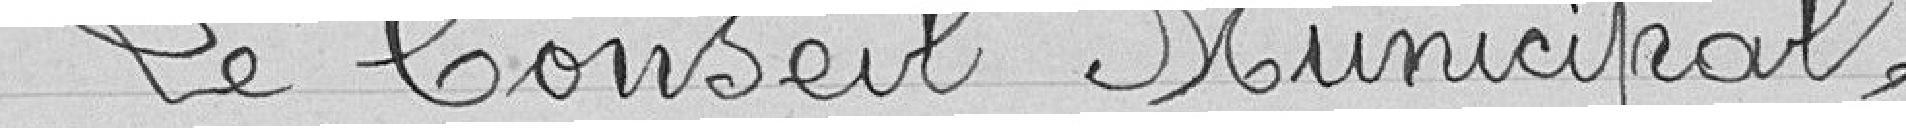
Le Conseil Municipal,